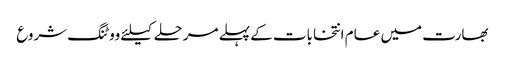
بھارت میں عام انتخابات کے پہلے مرحلے کیلئے ووٹنگ شروع